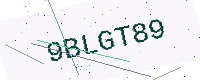
Text: 9BLGT89